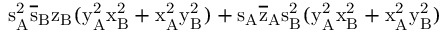
\mathrm { s _ { A } ^ { 2 } \mathrm { \overline { { s } } _ { B } \mathrm { z _ { B } ( \mathrm { y _ { A } ^ { 2 } \mathrm { x _ { B } ^ { 2 } + \mathrm { x _ { A } ^ { 2 } \mathrm { y _ { B } ^ { 2 } ) + \mathrm { s _ { A } \mathrm { \overline { { z } } _ { A } \mathrm { s _ { B } ^ { 2 } ( \mathrm { y _ { A } ^ { 2 } \mathrm { x _ { B } ^ { 2 } + \mathrm { x _ { A } ^ { 2 } \mathrm { y _ { B } ^ { 2 } ) } } } } } } } } } } } } } }